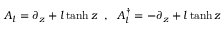
A _ { l } = \partial _ { z } + l \operatorname { t a n h } z \textrm { } \; , \; \textrm { } A _ { l } ^ { \dagger } = - \partial _ { z } + l \operatorname { t a n h } z